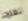
تفلح